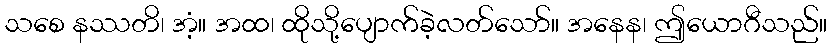
သစေ နဿတိ၊ အံ့။ အထ၊ ထိုသို့ပျောက်ခဲ့လတ်သော်။ အနေန၊ ဤယောဂီသည်။